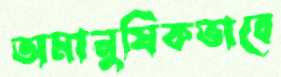
অমানুষিকভাবে